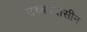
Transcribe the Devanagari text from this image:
उच्चपदासीन